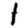
Digit: 1